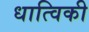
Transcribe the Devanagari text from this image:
धात्विकी